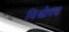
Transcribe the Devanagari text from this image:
विश्वोदरा